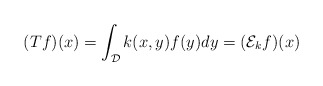
\begin{align*}(Tf)(x) = \int_{\mathcal{D}}k(x,y)f(y)dy = (\mathcal{E}_kf)(x)\end{align*}